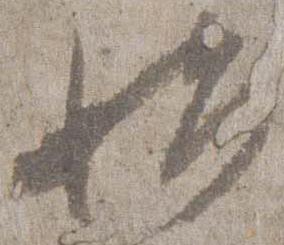
始